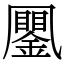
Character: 䥚